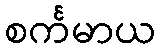
စင်္ကမာယ